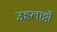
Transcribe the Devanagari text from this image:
उइलाट्टी